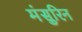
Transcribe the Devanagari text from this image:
मंसुरिन